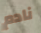
نادم